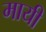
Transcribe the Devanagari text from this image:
मायी